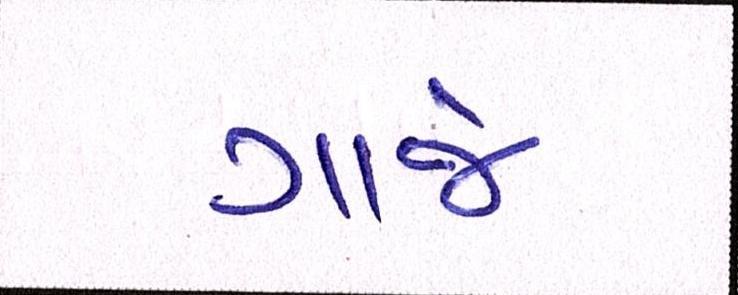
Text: ગાજે